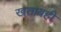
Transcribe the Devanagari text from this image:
खताबही